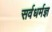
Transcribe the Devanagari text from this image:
सर्वधर्मज्ञ